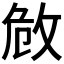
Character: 𢼮